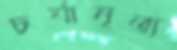
চর্যানৃত্য